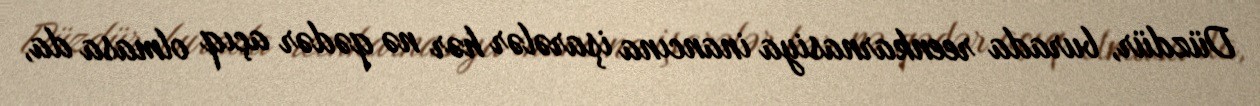
Düzdür, burada reenkarnasiya inancına işarələr hər nə qədər açıq olmasa da,